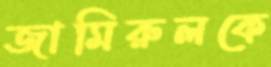
জামিরুলকে